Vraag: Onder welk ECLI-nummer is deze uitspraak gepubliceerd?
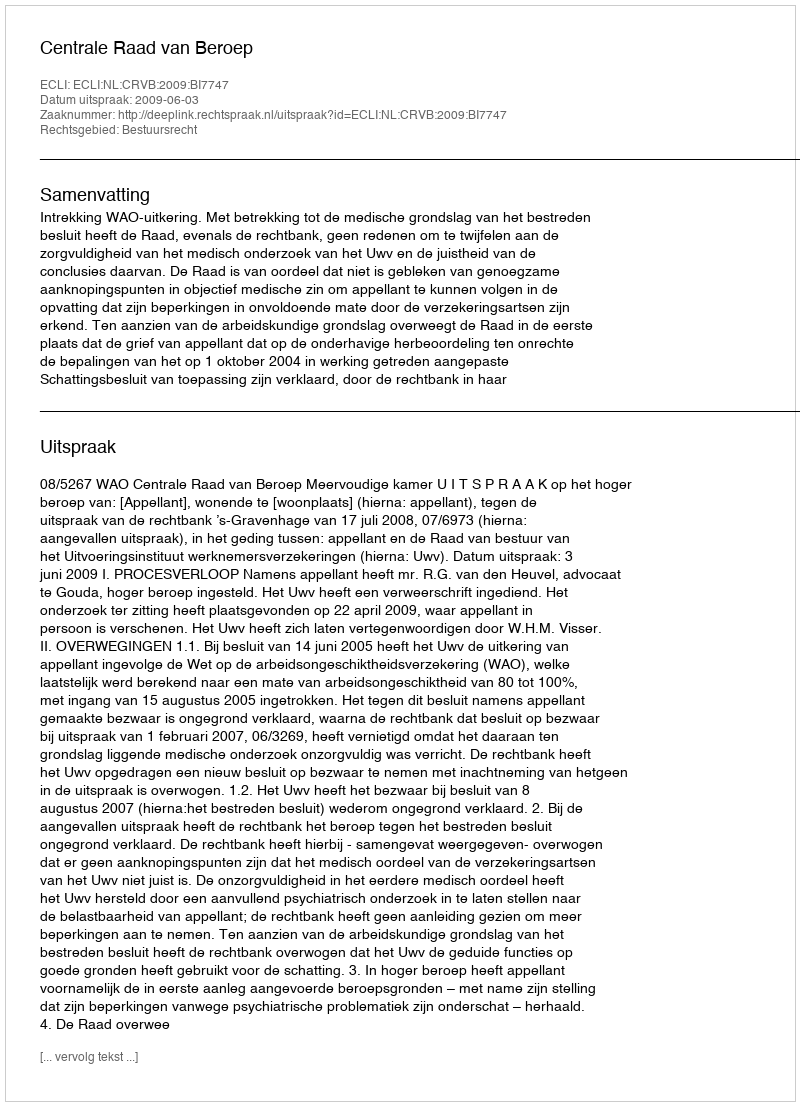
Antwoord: ECLI:NL:CRVB:2009:BI7747